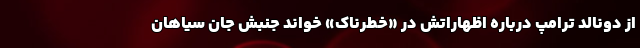
از دونالد ترامپ درباره اظهاراتش در «خطرناک» خواند جنبش جان سیاهان